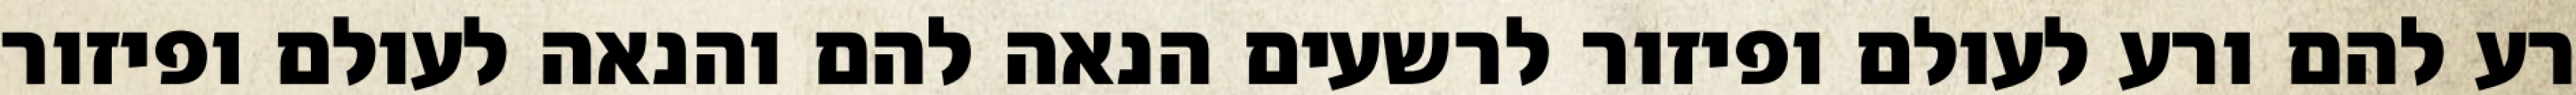
רע להם ורע לעולם ופיזור לרשעים הנאה להם והנאה לעולם ופיזור